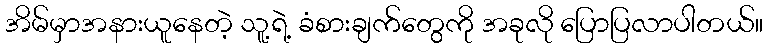
အိမ်မှာအနားယူနေတဲ့ သူ့ရဲ့ ခံစားချက်တွေကို အခုလို ပြောပြလာပါတယ်။